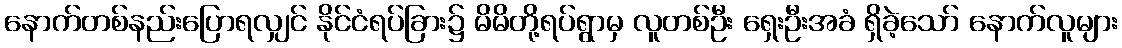
နောက်တစ်နည်းပြောရလျှင် နိုင်ငံရပ်ခြား၌ မိမိတို့ရပ်ရွာမှ လူတစ်ဦး ရှေးဦးအခံ ရှိခဲ့သော် နောက်လူများ